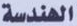
الهندسة